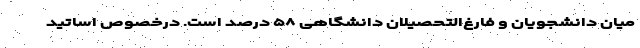
میان دانشجویان و فارغ‌التحصیلان دانشگاهی ۵۸ درصد است. درخصوص اساتید